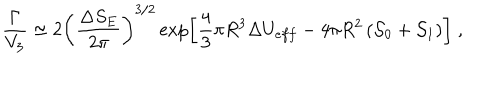
\frac { \Gamma } { V _ { 3 } } \simeq 2 \left( \frac { \Delta S _ { E } } { 2 \pi } \right) ^ { 3 / 2 } \exp \left[ \frac { 4 } { 3 } \pi R ^ { 3 } \Delta U _ { e f f } - 4 \pi R ^ { 2 } \left( { \cal S } _ { 0 } + { \cal S } _ { 1 } \right) \right] \; ,